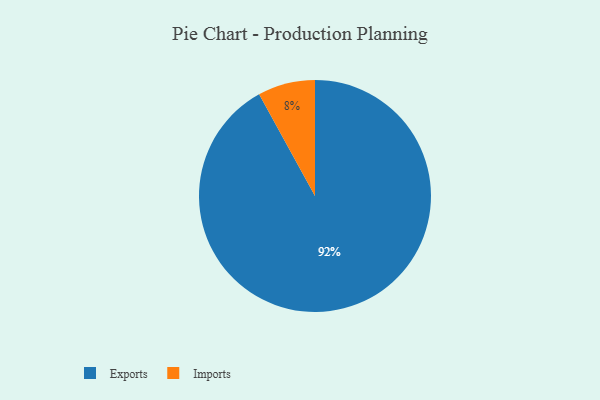
{"axis": {"x": "Category", "y": "Percentage"}, "legend": ["Exports", "Imports"], "data": [{"x": "Imports", "y": 8, "type": "Imports"}, {"x": "Exports", "y": 92, "type": "Exports"}]}